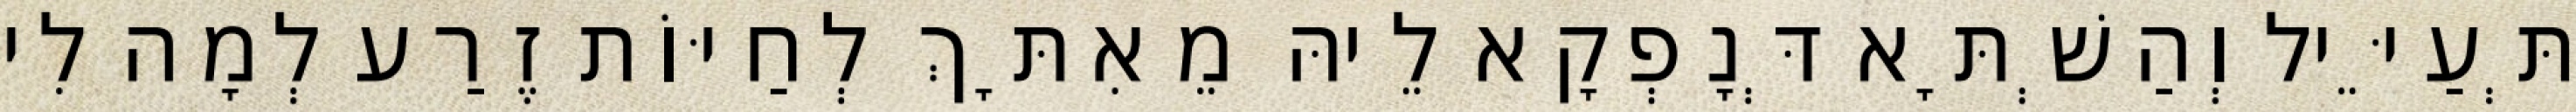
תְּעַיֵּיל וְהַשְׁתָּא דְּנָפְקָא לֵיהּ מֵאִתָּךְ לְחַיּוֹת זֶרַע לְמָה לִי